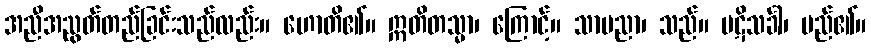
အညီအညွတ်တည်ခြင်းသည်လည်း။ ဟောတိ၏။ ဣတိတသ္မာ၊ ကြောင့်။ သာပညာ၊ သည်။ ပဋိသင်္ခါ၊ မည်၏။